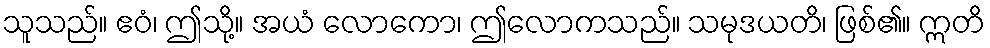
သူသည်။ ဧဝံ၊ ဤသို့။ အယံ လောကော၊ ဤလောကသည်။ သမုဒယတိ၊ ဖြစ်၏။ ဣတိ